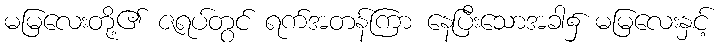
မမြလေးတို့၏ ဇရပ်တွင် ရက်အတန်ကြာ နေပြီးသောအခါ၌ မမြလေးနှင့်